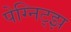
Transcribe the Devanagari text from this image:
पेग्निट्झ